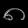
Digit: ၈